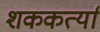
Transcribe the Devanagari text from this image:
शककर्त्या